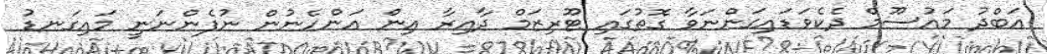
އަބްދު މައުސޫމް ދެކެވަޑައިގަންނަވާ ގޮތުގައި ޓޫރިޒަމް ދާއިރާ އިން އަންހެނުން ނުފެންނަނީ މައިގަނޑު